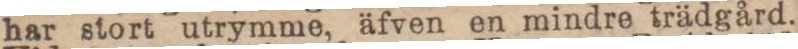
har stort utrymme, äfven en mindre trädgård.